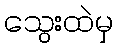
သွေးထဲမှ